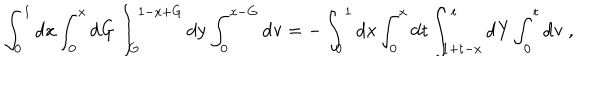
\mathrm { \int _ { 0 } ^ { 1 } d x \int _ { 0 } ^ { x } d G \int _ { G } ^ { 1 - x + G } d y \int _ { 0 } ^ { x - G } d v = - \int _ { 0 } ^ { 1 } d x \int _ { 0 } ^ { x } d t \int _ { 1 + t - x } ^ { t } d Y \int _ { 0 } ^ { t } d v ~ , }